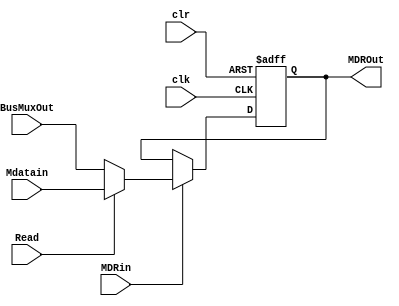
// This program was cloned from: https://github.com/martinmaly21/ELEC374
// License: MIT License

module MDR (
	input wire clk, 
	input wire clr,
	input wire Read,
	input wire MDRin,
	input wire [31:0] BusMuxOut,
	input wire [31:0] Mdatain,
	output reg [31:0] MDROut
);
//busMuxOut is the input, busMuxIn is output, it is flipped POV the bus
//the memory reg is normal cus its POV mem register, 0 is for bus STUPHH, 1 is for that memorrry
	always@(posedge clk or negedge clr)
		begin
			if(clr == 0)
			MDROut<= 0;
			else if(MDRin)
				MDROut <= Read ? Mdatain : BusMuxOut;
		end		
endmodule